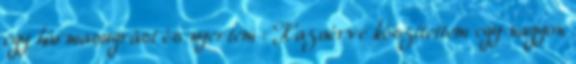
egy hármasugrást és nyertem : Hazaérve készítettem egy nagyon